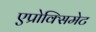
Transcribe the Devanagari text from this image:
एप्रोक्सिमेट